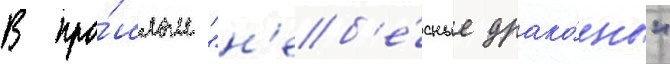
В про́шлом "н'еб'е́сные драко́ны"